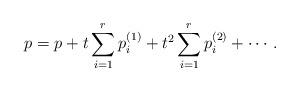
LaTeX: \begin{align*} p = p + t \sum_{i=1}^r p_i^{(1)} + t^2 \sum_{i=1}^r p_i^{(2)} + \cdots.\end{align*}